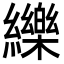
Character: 纅